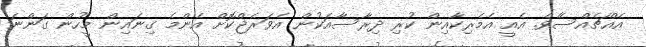
އެއްޗެއްސެެވެ. އެއީ އެމެރިކާއިން ކުރި ދިރާސާއަކުން އެވަރެޖްކޮށް އެންމެ ގިނައިން މީހުން ގަންނަ